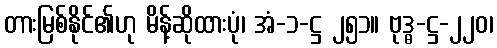
တားမြစ်နိုင်၏ဟု မိန့်ဆိုထားပုံ၊ အံ-၁-ဋ္ဌ ၂၅၁။ ဗုဒ္ဓ-ဋ္ဌ-၂၂၀၊